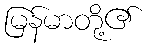
မြန်မာတို့၏